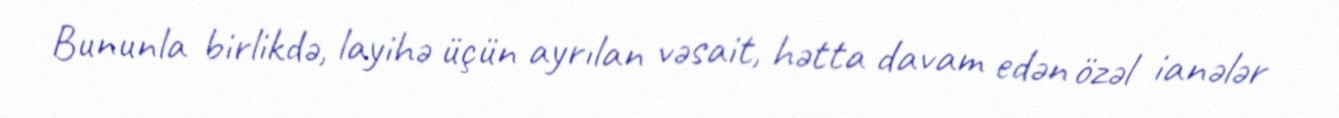
Bununla birlikdə, layihə üçün ayrılan vəsait, hətta davam edən özəl ianələr